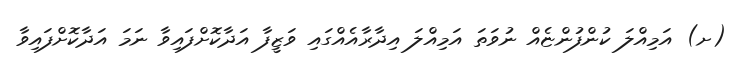
(ށ) އަމިއްލަ ކުންފުންޏެއް ނުވަތަ އަމިއްލަ އިދާރާއެއްގައި ވަޒީފާ އަދާކޮށްފައިވާ ނަމަ އަދާކޮށްފައިވާ